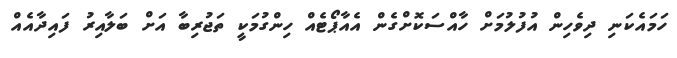
ހަމައެކަނި ދިވެހިން އުފުލުމަށް ހާއްސަކޮށްގެން އެއާޕޯޓެއް ހިންގުމަކީ ތަޖުރިބާ އަށް ބަލާއިރު ފައިދާއެއް